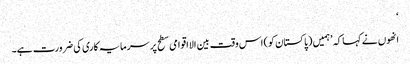
‘
انھوں نے کہا کہ ’ہمیں (پاکستان کو) اس وقت بین الااقوامی سطح پر سرمایہ کاری کی ضرورت ہے۔